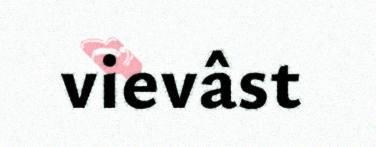
vievâst